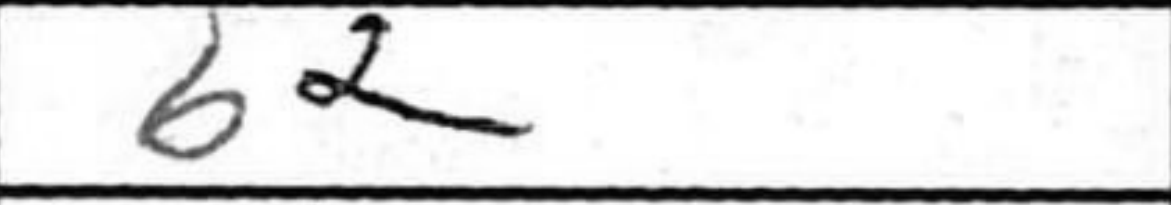
Transcription: b2